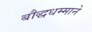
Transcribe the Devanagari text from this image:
बौद्धधम्माने